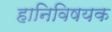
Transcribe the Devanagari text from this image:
हानिविषयक